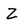
Character: Z